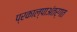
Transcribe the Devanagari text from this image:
प्रकाल्पाअंतर्गत